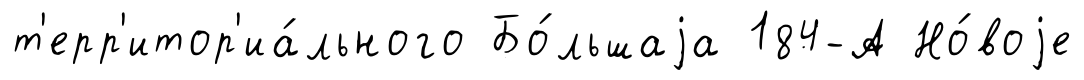
т'ерр'итор'иа́льного Бо́льшаjа 184-А Но́воjе